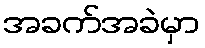
အခက်အခဲမှာ